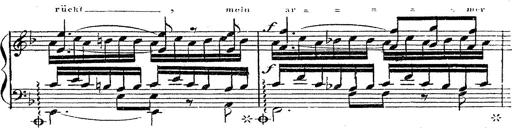
Title: 12 Lieder von Franz Schubert
Composer: Franz Liszt